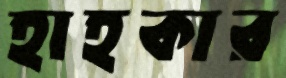
হাহকার